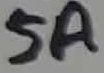
Text: 5A